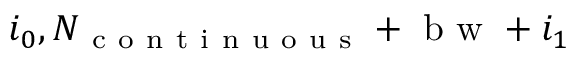
i _ { 0 } , N _ { \mathrm { ~ c ~ o ~ n ~ t ~ i ~ n ~ u ~ o ~ u ~ s ~ } } + \mathrm { ~ b ~ w ~ } + i _ { 1 }